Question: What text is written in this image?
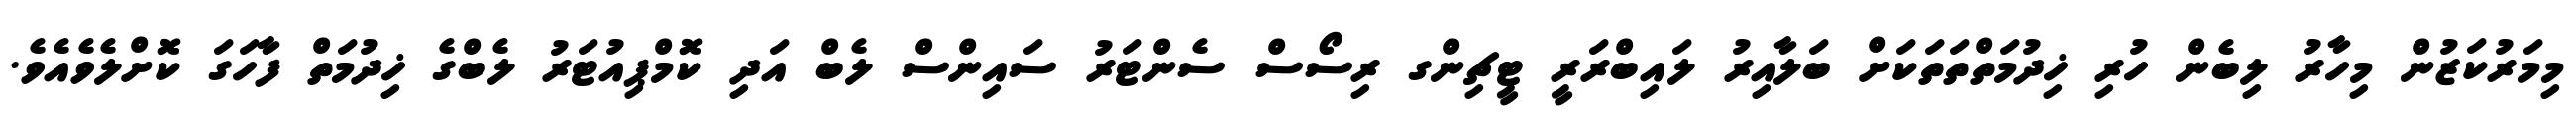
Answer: މިމަރުކަޒުން މިހާރު ލިބެން ހުރި ޚިދުމަތްތަތަކަށް ބަލާއިރު ލައިބްރަރީ ޓީޗިންގ ރިސޯސް ސެންޓަރު ސައިންސް ލެބް އަދި ކޮމްޕިއުޓަރު ލެބްގެ ޚިދުމަތް ފާހަގަ ކޮށްލެވެއެވެ.